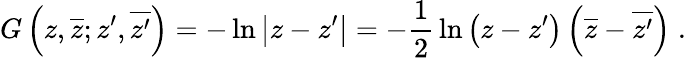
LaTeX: G\left(z,\overline{{{z}}};z^{\prime},\overline{{{z^{\prime}}}}\right)=-\ln{\left|z-z^{\prime}\right|}=-{\frac{1}{2}}\ln{\left(z-z^{\prime}\right)\left(\overline{{z}}-\overline{{{z^{\prime}}}}\right)}\; .